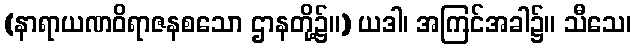
(နာရာယဏဝိရာဇနစသော ဌာနတို့၌။) ယဒါ၊ အကြင်အခါ၌။ သီသေ၊